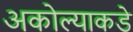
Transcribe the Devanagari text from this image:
अकोल्याकडे